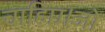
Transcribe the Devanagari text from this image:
चाहिए।जो